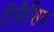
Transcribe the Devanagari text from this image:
रीसैसिव